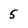
Character: 5